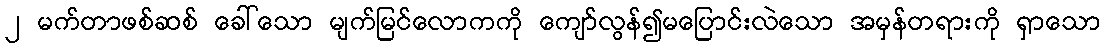
၂ မက်တာဖစ်ဆစ် ခေါ်သော မျက်မြင်လောကကို ကျော်လွန်၍မပြောင်းလဲသော အမှန်တရားကို ရှာသော